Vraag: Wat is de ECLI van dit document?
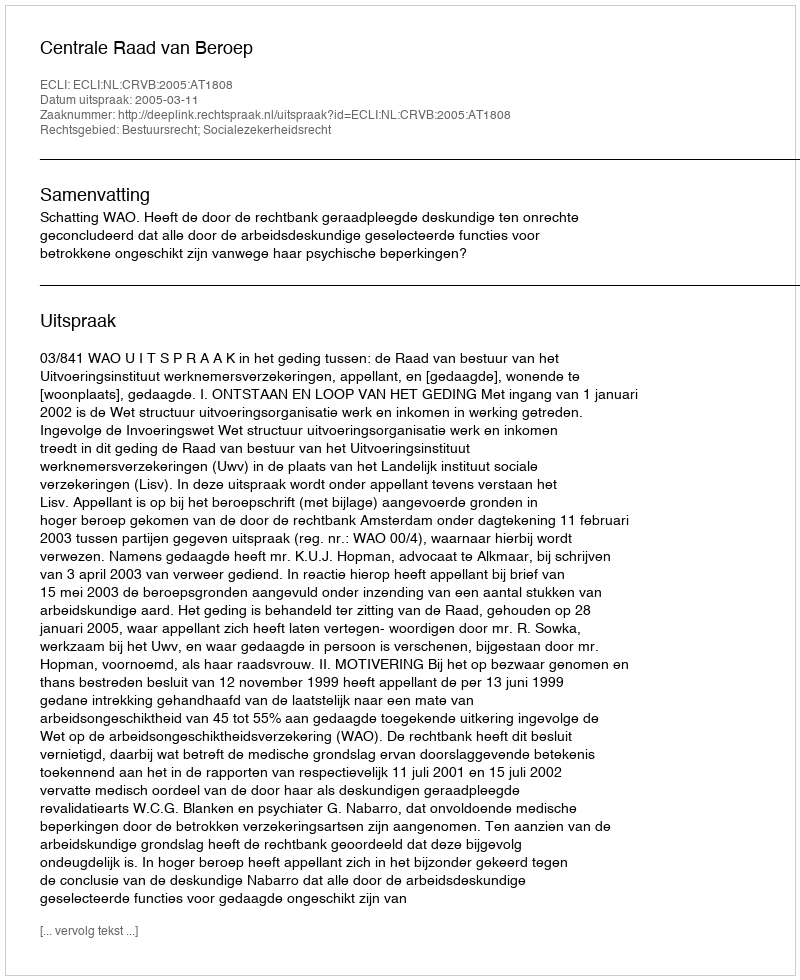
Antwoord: ECLI:NL:CRVB:2005:AT1808